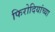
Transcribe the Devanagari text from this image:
फिरोदियांच्या